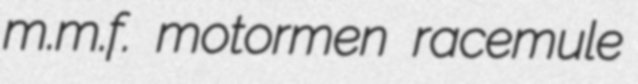
m.m.f. motormen racemule